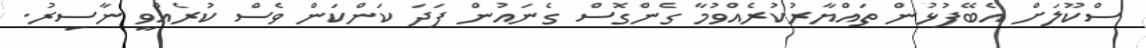
ސްކޫލަށް އެބޭފުޅުން ތައްޔާރުކުރެއްވުމާ ގެންގޮސް ގެނައުން ފަދަ ކަންކަން ވެސް ކުރެއްވީ ނާސިރު.